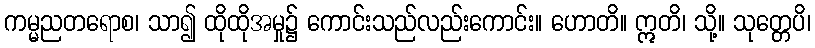
ကမ္မညတရောစ၊ သာ၍ ထိုထိုအမှု၌ ကောင်းသည်လည်းကောင်း။ ဟောတိ။ ဣတိ၊ သို့။ သုတ္တေပိ၊